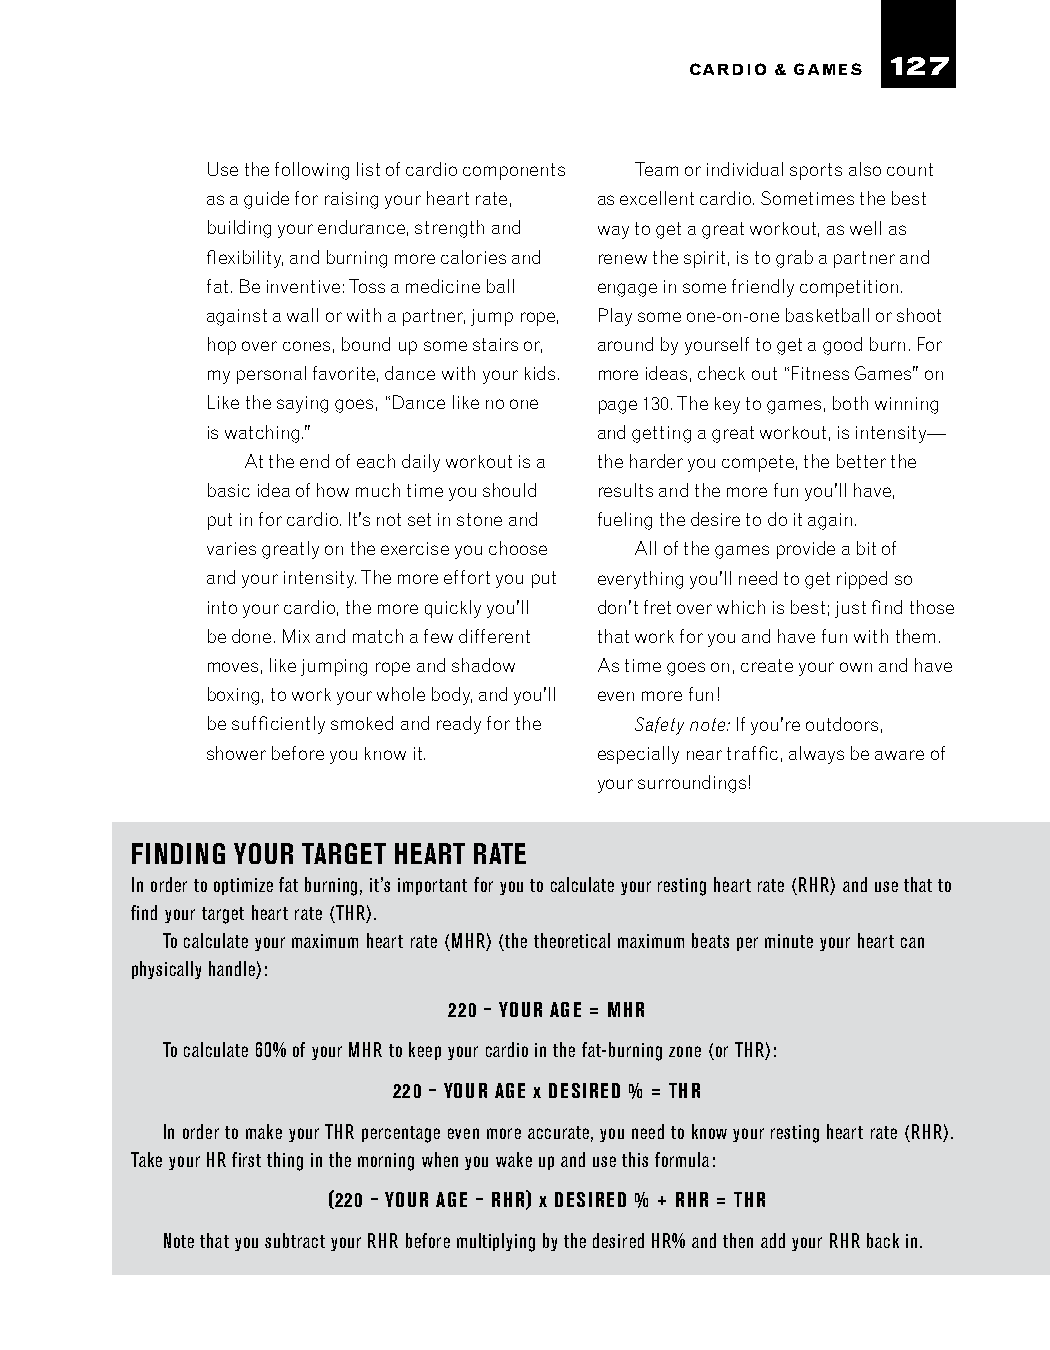
127
 CARDIO & GAMES
 Use the following list of cardio components Team or individual sports also count
 as a guide for raising your heart rate, as excellent cardio. Sometimes the best
 building your endurance, strength and way to get a great workout, as well as
 flexibility, and burning more calories and renew the spirit, is to grab a partner and
 fat. Be inventive: Toss a medicine ball engage in some friendly competition.
 against a wall or with a partner, jump rope, Play some one-on-one basketball or shoot
 hop over cones, bound up some stairs or, around by yourself to get a good burn. For
 my personal favorite, dance with your kids. more ideas, check out “Fitness Games” on
 Like the saying goes, “Dance like no one page 130. The key to games, both winning
 is watching.”             and getting a great workout, is intensity—
 At the end of each daily workout is a the harder you compete, the better the
 basic idea of how much time you should results and the more fun you’ll have,
 put in for cardio. It’s not set in stone and fueling the desire to do it again.
 varies greatly on the exercise you choose All of the games provide a bit of
 and your intensity. The more effort you put everything you’ll need to get ripped so
 into your cardio, the more quickly you’ll don’t fret over which is best; just find those
 be done. Mix and match a few different that work for you and have fun with them.
 moves, like jumping rope and shadow As time goes on, create your own and have
 boxing, to work your whole body, and you’ll even more fun!
 be sufficiently smoked and ready for the Safety note: If you’re outdoors,
 shower before you know it. especially near traffic, always be aware of
 your surroundings!
 FINDING YOUR TARGET HEART RATE
 In order to optimize fat burning, it’s important for you to calculate your resting heart rate (RHR) and use that to
 find your target heart rate (THR).
 To calculate your maximum heart rate (MHR) (the theoretical maximum beats per minute your heart can
 physically handle):
 220 – YOUR AGE = MHR
 To calculate 60% of your MHR to keep your cardio in the fat-burning zone (or THR):
 220 – YOUR AGE x DESIRED % = THR
 In order to make your THR percentage even more accurate, you need to know your resting heart rate (RHR).
 Take your HR first thing in the morning when you wake up and use this formula:
 (220 – YOUR AGE – RHR) x DESIRED % + RHR = THR
 Note that you subtract your RHR before multiplying by the desired HR% and then add your RHR back in.